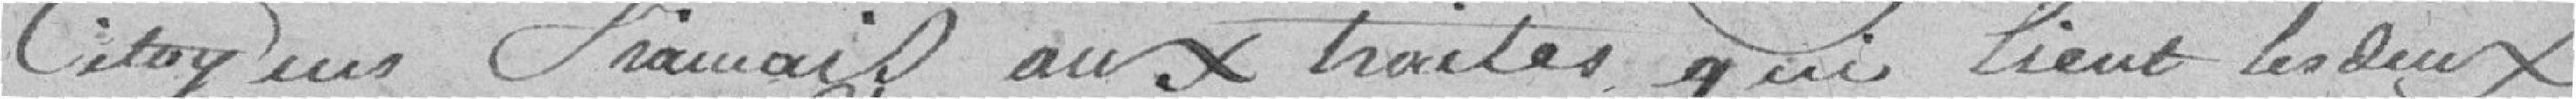
citoyens français aux traités qui lient les deux